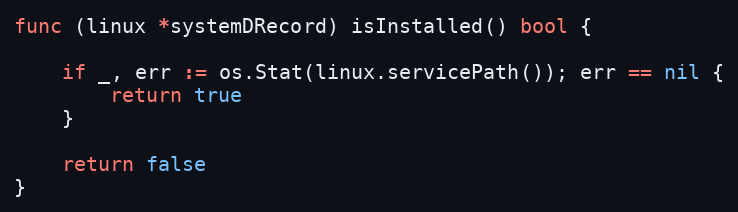
Language: Go
func (linux *systemDRecord) isInstalled() bool {

	if _, err := os.Stat(linux.servicePath()); err == nil {
		return true
	}

	return false
}